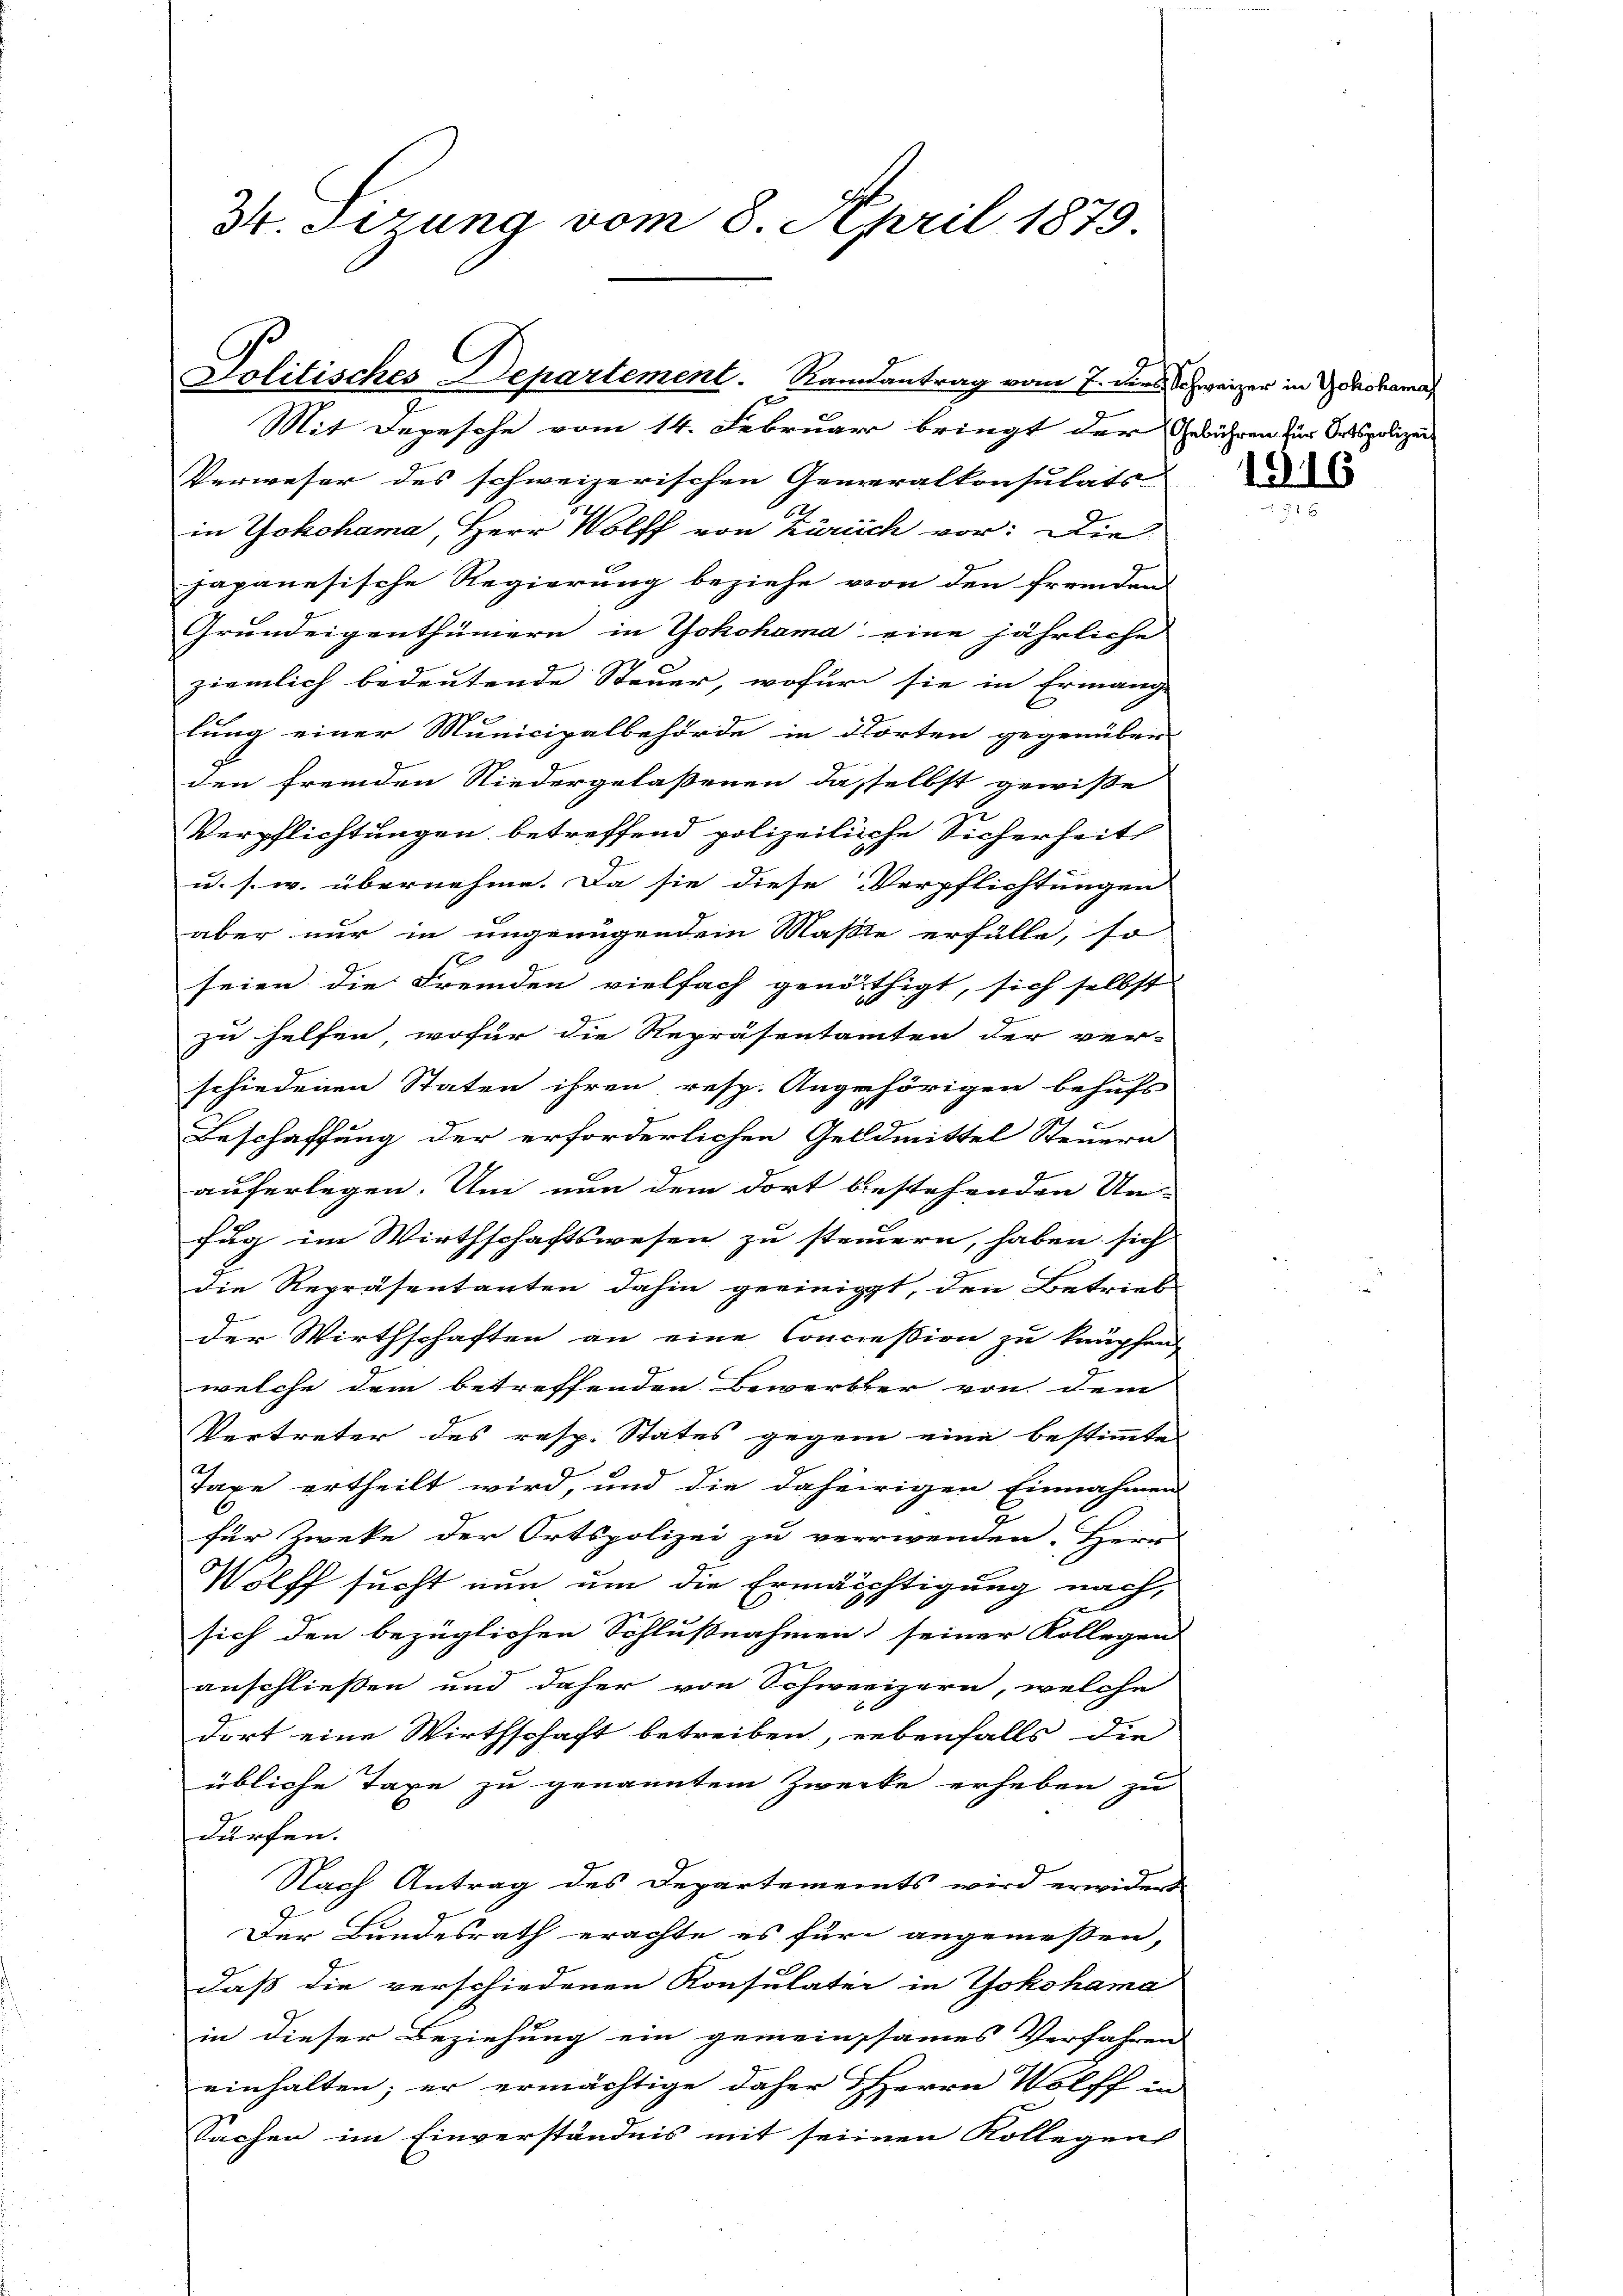
34. Ferung vom 8. April 1879.

Politisches Departement. Randantrag vom 7. dies Schweizer in Yokohama

Mit Depesche vom 14. Februar bringt der Gebühren zur Ortspolizei-
Verweser des schweizerischen Generalkonsulats-
in Yokohama, Herr Wolff von Zürich vor: Die
japanesische Regierung beziehe von den fremdens
Grundeigenthümern in Yokohama eine jährliche
ziemlich bedeutende Steuer, wofür sie in Ermange
lung einer Municipalbehörde in dorten gegenüber
den fremden Niedergelaßenen dasselbst gewiße
Verpflichtungen betreffend polizeiliche Sicherheit
u. s. w. übernehme. Da sie diese Verpflichtungen
aber nur in ungenügendem Maße erfülle, so
1
seien die Fremden vielfach genöthigt, sich selbst
zu helfen, wofür die Repräsentamten der ver-
schiedenen Staten ihren resp. Angehörigen behufs
7
Beschaffung der erforderlichen Geldmittel Steuern
auferlegen. Um nun dem dort bestehenden Un-
fug im Wirthschaftswesen zu steinern, haben sich
die Repräsentanten dahin geeinigt, den Betrieb
der Wirthschaften an eine Concession zu kaupfen,
welche dem betreffenden Bewerbter von dem
Vertreter des resp. Status gegen eine bestimmte
Taxe ertheilt wird, und die daheirigen Einnahmens
für Zweke der Ortspolizei zu verwenden. Herr
Wolff sucht nun um die Ermächtigung nach,
sich den bezüglichen Schlußnahmen seiner Kollegen
anschließen und daher von Schweizern, welche
dort eine Wirthschaft betreiben, nebenfalls die
übliche Taxe zu genanntem Zwecke erheben zu
dürfen.
Nach Antrag des Departements wird erwiders
Der Bundesrath erachte es für angemeßen,
daß die verschiedenen Konsulater in Yokohama
in dieser Beziehung ein gemeinsames Verfahren
einhalten; er ermächtige daher HHerrn Wolff in
Sachen im Einverständnis mit seinen Kollegens

1916